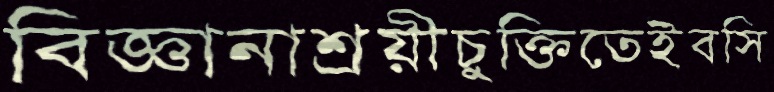
বিজ্ঞানাশ্রয়ীচুক্তিতেইবসি